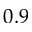
0 . 9